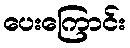
ပေးကြောင်း